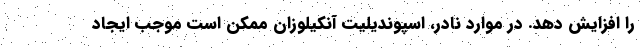
را افزایش دهد. در موارد نادر، اسپوندیلیت آنکیلوزان ممکن است موجب ایجاد